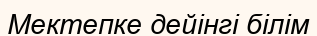
Мектепке дейінгі білім